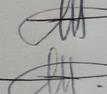
Signature authenticity: genuine